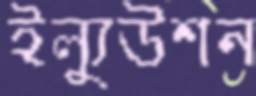
ইল্যুউশন